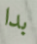
بدا